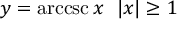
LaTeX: y = \operatorname { a r c c s c } x \ \ | x | \geq 1